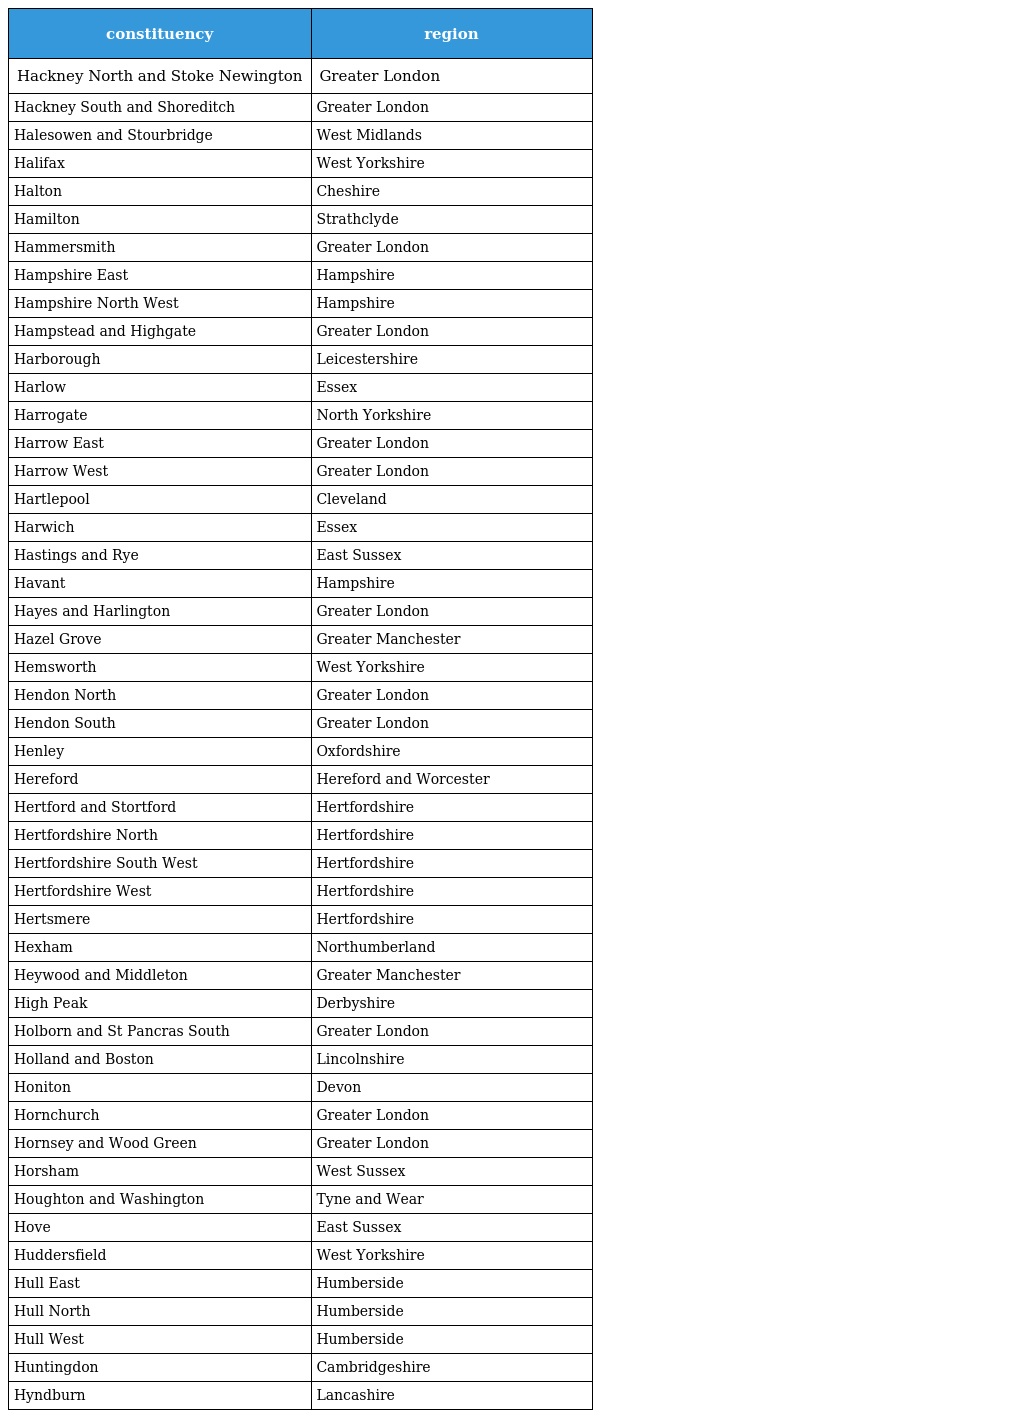
| constituency | region |
 | --- | --- |
 | Hackney North and Stoke Newington | Greater London |
 | Hackney South and Shoreditch | Greater London |
 | Halesowen and Stourbridge | West Midlands |
 | Halifax | West Yorkshire |
 | Halton | Cheshire |
 | Hamilton | Strathclyde |
 | Hammersmith | Greater London |
 | Hampshire East | Hampshire |
 | Hampshire North West | Hampshire |
 | Hampstead and Highgate | Greater London |
 | Harborough | Leicestershire |
 | Harlow | Essex |
 | Harrogate | North Yorkshire |
 | Harrow East | Greater London |
 | Harrow West | Greater London |
 | Hartlepool | Cleveland |
 | Harwich | Essex |
 | Hastings and Rye | East Sussex |
 | Havant | Hampshire |
 | Hayes and Harlington | Greater London |
 | Hazel Grove | Greater Manchester |
 | Hemsworth | West Yorkshire |
 | Hendon North | Greater London |
 | Hendon South | Greater London |
 | Henley | Oxfordshire |
 | Hereford | Hereford and Worcester |
 | Hertford and Stortford | Hertfordshire |
 | Hertfordshire North | Hertfordshire |
 | Hertfordshire South West | Hertfordshire |
 | Hertfordshire West | Hertfordshire |
 | Hertsmere | Hertfordshire |
 | Hexham | Northumberland |
 | Heywood and Middleton | Greater Manchester |
 | High Peak | Derbyshire |
 | Holborn and St Pancras South | Greater London |
 | Holland and Boston | Lincolnshire |
 | Honiton | Devon |
 | Hornchurch | Greater London |
 | Hornsey and Wood Green | Greater London |
 | Horsham | West Sussex |
 | Houghton and Washington | Tyne and Wear |
 | Hove | East Sussex |
 | Huddersfield | West Yorkshire |
 | Hull East | Humberside |
 | Hull North | Humberside |
 | Hull West | Humberside |
 | Huntingdon | Cambridgeshire |
 | Hyndburn | Lancashire |